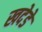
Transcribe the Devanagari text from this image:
खदेडे